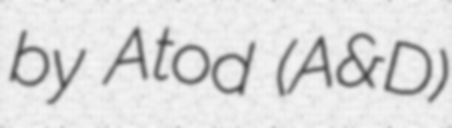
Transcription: by Atod (A&D)